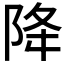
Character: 降